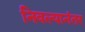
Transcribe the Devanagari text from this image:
निवल्यानंतर